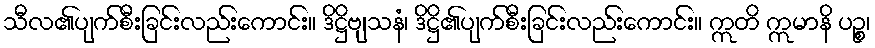
သီလ၏ပျက်စီးခြင်းလည်းကောင်း။ ဒိဋ္ဌိဗျသနံ၊ ဒိဋ္ဌိ၏ပျက်စီးခြင်းလည်းကောင်း။ ဣတိ ဣမာနိ ပဉ္စ၊